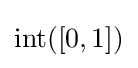
\operatorname {int} ([0,1])